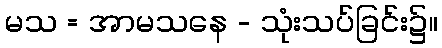
မသ = အာမသနေ - သုံးသပ်ခြင်း၌။